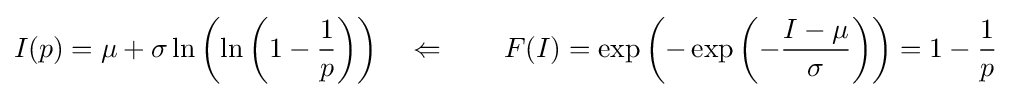
I(p)=\mu +\sigma \ln \left(\ln \left(1-{\frac {1}{p}}\right)\right)\quad \Leftarrow \quad \quad F(I)=\exp \left(-\exp \left(-{\frac {I-\mu }{\sigma }}\right)\right)=1-{\frac {1}{p}}